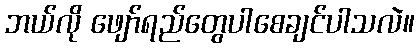
ဘယ်လို ဖျော်ရည်တွေပါစေချင်ပါသလဲ။